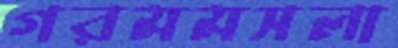
গরমমসলা